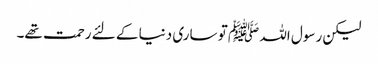
لیکن رسول اللہ ﷺ تو ساری دنیا کے لئے رحمت تھے۔